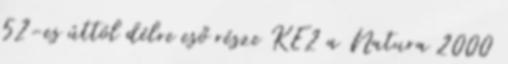
52-es úttól délre eső része KE2 a Natura 2000